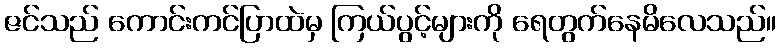
ဇင်သည် ကောင်းကင်ပြာထဲမှ ကြယ်ပွင့်များကို ရေတွက်နေမိလေသည်။